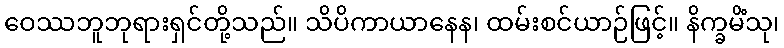
ဝေဿဘူဘုရားရှင်တို့သည်။ သိပိကာယာနေန၊ ထမ်းစင်ယာဉ်ဖြင့်။ နိက္ခမိံသု၊